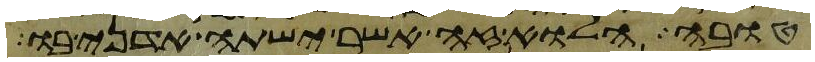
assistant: טובה הלוא זה אשר ישתה אדני בו